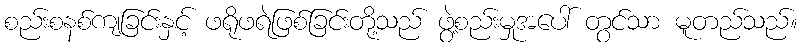
စည်းစနစ်ကျခြင်းနှင့် ဖရိုဖရဲဖြစ်ခြင်းတို့သည် ဖွဲ့စည်းမှုအပေါ် တွင်သာ မူတည်သည်။